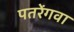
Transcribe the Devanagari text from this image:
पतरेंगवा